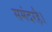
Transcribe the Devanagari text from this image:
समंदरहै।